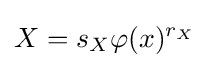
X=s_{X}\varphi (x)^{r_{X}}